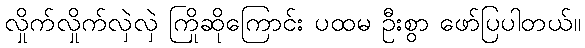
လှိုက်လှိုက်လှဲလှဲ ကြိုဆိုကြောင်း ပထမ ဦးစွာ ဖော်ပြပါတယ်။